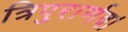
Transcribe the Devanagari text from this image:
त्रिपुरार्णव।